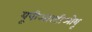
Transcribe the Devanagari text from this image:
यूपीआरटीओयू